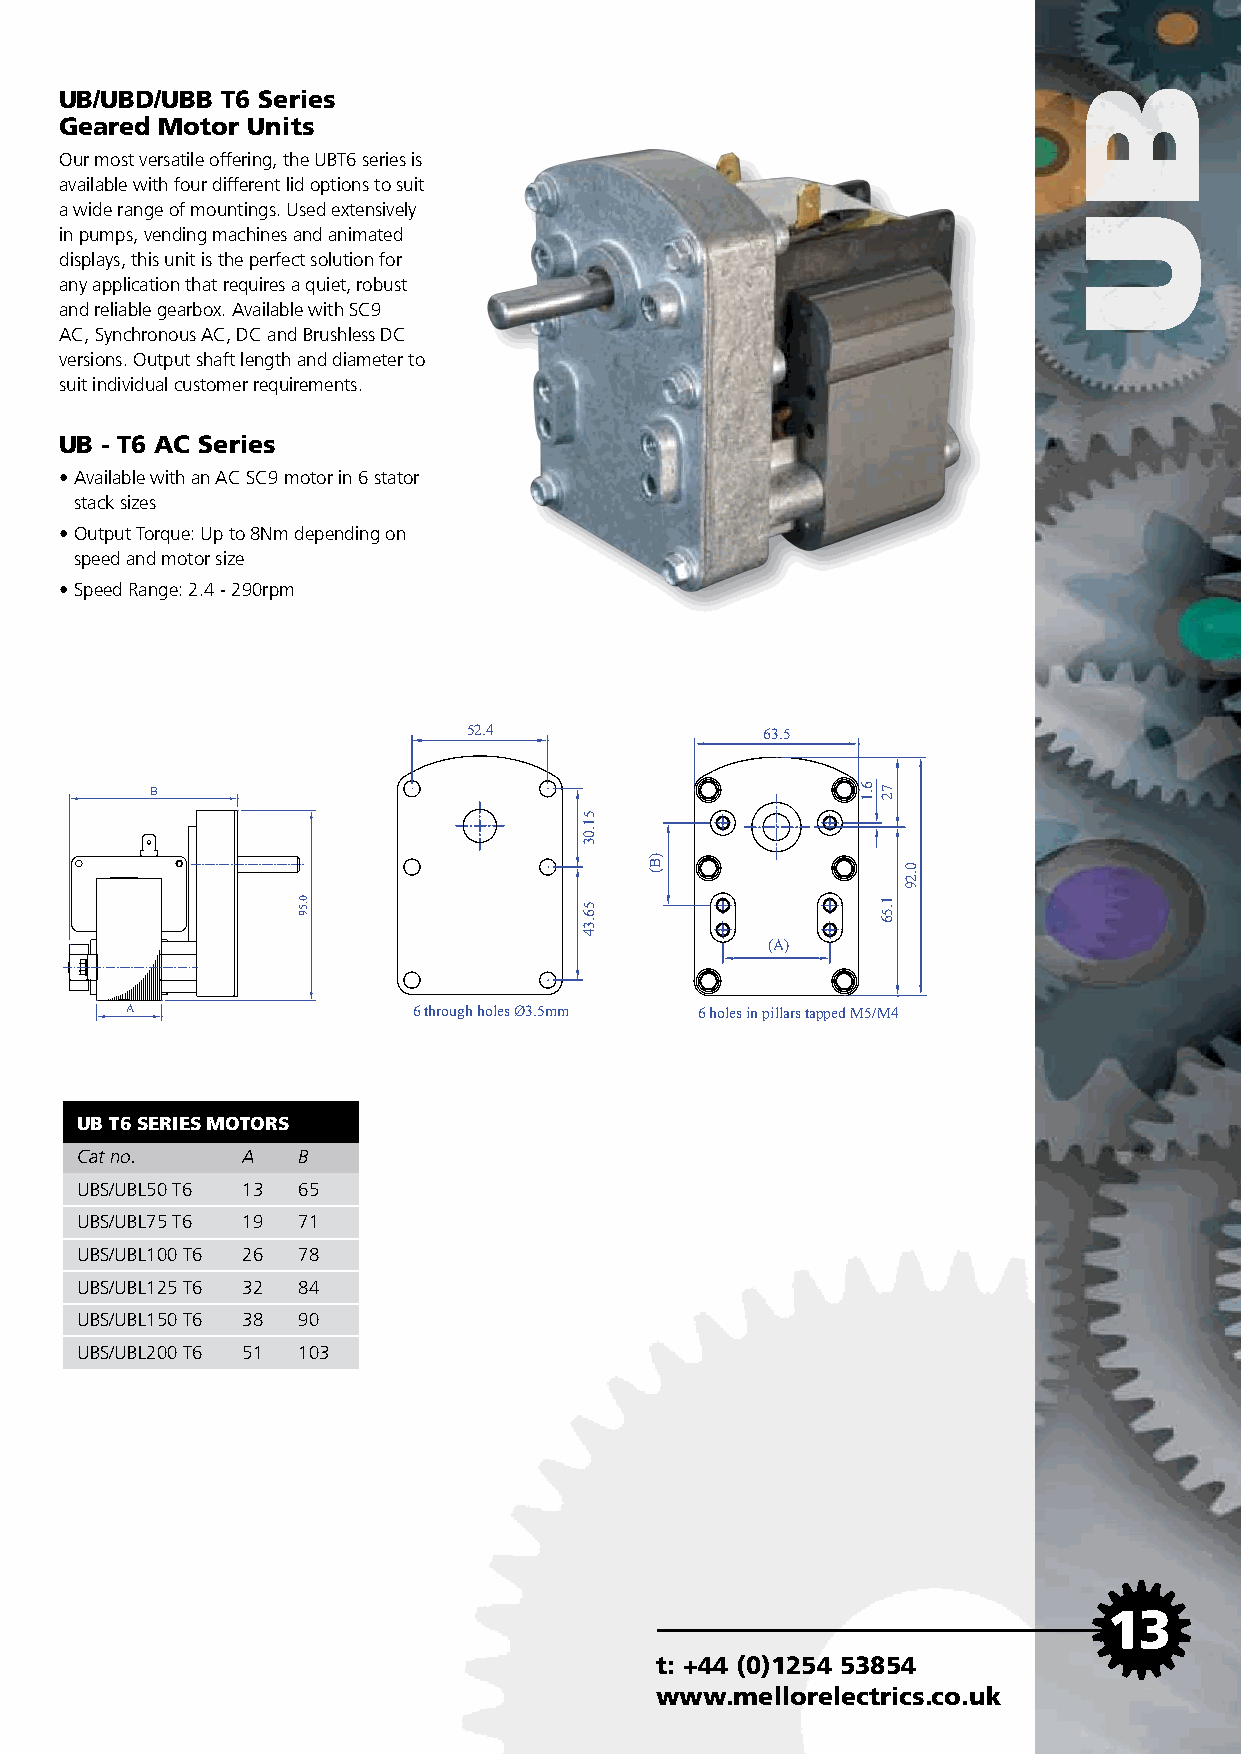
UB/UBD/UBB T6 Series
 Geared Motor Units
 Our most versatile offering, the UBT6 series is
 available with four different lid options to suit
 a wide range of mountings. Used extensively
 in pumps, vending machines and animated
 displays, this unit is the perfect solution for
 any application that requires a quiet, robust
 and reliable gearbox. Available with SC9
 AC, Synchronous AC, DC and Brushless DC
 versions. Output shaft length and diameter to
 suit individual customer requirements.
 UB - T6 AC Series
 • Available with an AC SC9 motor in 6 stator
 stack sizes
 • Output Torque: Up to 8Nm depending on
 speed and motor size
 • Speed Range: 2.4 - 290rpm
 52.4                63.5
 B
 (A)
 A                  6 through holes Ø3.5mm 6 holes in pillars tapped M5/M4
 UB T6 SERIES MOTORS
 Cat no.    A   B
 UBS/UBL50 T6 13 65
 UBS/UBL75 T6 19 71
 UBS/UBL100 T6 26 78
 UBS/UBL125 T6 32 84
 UBS/UBL150 T6 38 90
 UBS/UBL200 T6 51 103
 13
 t: +44 (0)1254 53854
 www.mellorelectrics.co.uk
 0.59
 51.03
 56.34
 )B(
 6.1 72
 1.56
 0.29
 bu